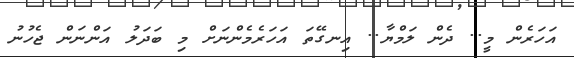
އަހަރެން މީ.. ދެން ލަމްޔާ.. އިނގޭތަ އަހަރެމެންނަށް މި ބަދަލު އަންނަން ޖެހުނު